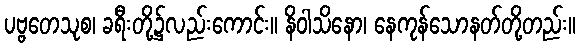
ပဗ္ဗတေသုစ၊ ခရီးတို့၌လည်းကောင်း။ နိဝါသိနော၊ နေကုန်သောနတ်တို့တည်း။